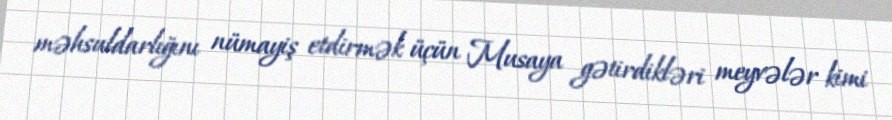
məhsuldarlığını nümayiş etdirmək üçün Musaya gətirdikləri meyvələr kimi